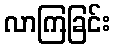
လာကြခြင်း